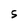
Character: S